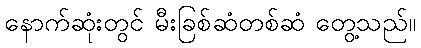
နောက်ဆုံးတွင် မီးခြစ်ဆံတစ်ဆံ တွေ့သည်။